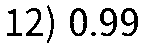
12) 0.99